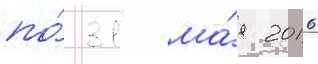
по́ 31 ма́я 2016